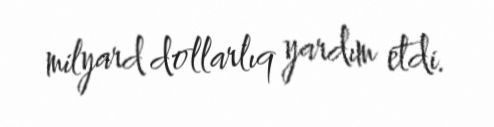
milyard dollarlıq yardım etdi.